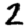
Digit: 2